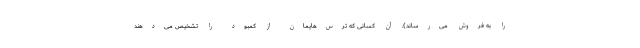
را به فروش می‌رساند). آن کسانی که ترس‌هایمان از کمبود را تشخیص می‌دهند